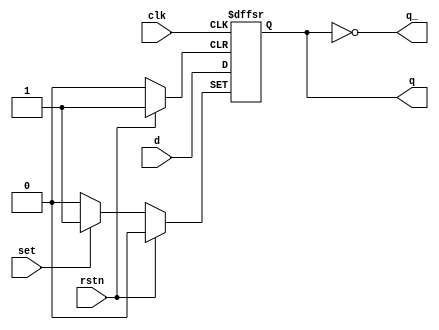
module dFlipFlop (input d,  
		input rstn,  
		input clk,
		input set,

		output reg q,
		output q_);


	assign q_ = !q;
		  
	always @ (posedge clk or posedge set or posedge rstn) begin

		if (set)
			q <= 1;

		else if (rstn)
			q <= 0;
		else
			q <= d;
		end

endmodule